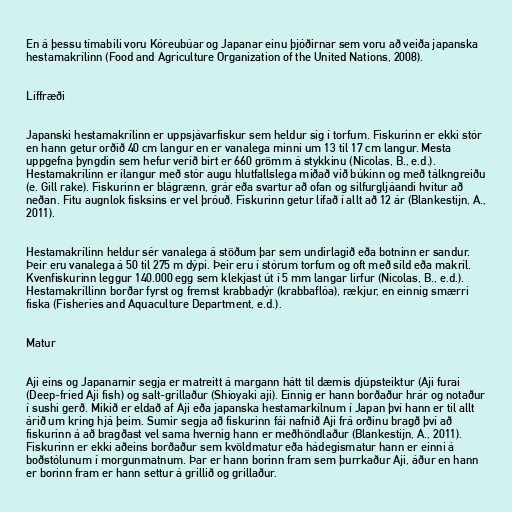
En á þessu tímabili voru Kóreubúar og Japanar einu þjóðirnar sem voru að veiða japanska
hestamakrílinn (Food and Agriculture Organization of the United Nations, 2008).

Líffræði

Japanski hestamakrílinn er uppsjávarfiskur sem heldur sig í torfum. Fiskurinn er ekki stór
en hann getur orðið 40 cm langur en er vanalega minni um 13 til 17 cm langur. Mesta
uppgefna þyngdin sem hefur verið birt er 660 grömm á stykkinu (Nicolas, B., e.d.).
Hestamakrílinn er ílangur með stór augu hlutfallslega miðað við búkinn og með tálkngreiðu
(e. Gill rake). Fiskurinn er blágrænn, grár eða svartur að ofan og silfurgljáandi hvítur að
neðan. Fitu augnlok fisksins er vel þróuð. Fiskurinn getur lifað í allt að 12 ár (Blankestijn, A.,
2011).

Hestamakrílinn heldur sér vanalega á stöðum þar sem undirlagið eða botninn er sandur.
Þeir eru vanalega á 50 til 275 m dýpi. Þeir eru í stórum torfum og oft með síld eða makríl.
Kvenfiskurinn leggur 140.000 egg sem klekjast út í 5 mm langar lirfur (Nicolas, B., e.d.).
Hestamakríllinn borðar fyrst og fremst krabbadýr (krabbaflóa), rækjur, en einnig smærri
fiska (Fisheries and Aquaculture Department, e.d.).

Matur

Aji eins og Japanarnir segja er matreitt á margann hátt til dæmis djúpsteiktur (Aji furai
(Deep-fried Aji fish) og salt-grillaður (Shioyaki aji). Einnig er hann borðaður hrár og notaður
í sushi gerð. Mikið er eldað af Aji eða japanska hestamarkílnum í Japan því hann er til allt
árið um kring hjá þeim. Sumir segja að fiskurinn fái nafnið Aji frá orðinu bragð því að
fiskurinn á að bragðast vel sama hvernig hann er meðhöndlaður (Blankestijn, A., 2011).
Fiskurinn er ekki aðeins borðaður sem kvöldmatur eða hádegismatur hann er einni á
boðstólunum í morgunmatnum. Þar er hann borinn fram sem þurrkaður Aji, áður en hann
er borinn fram er hann settur á grillið og grillaður.